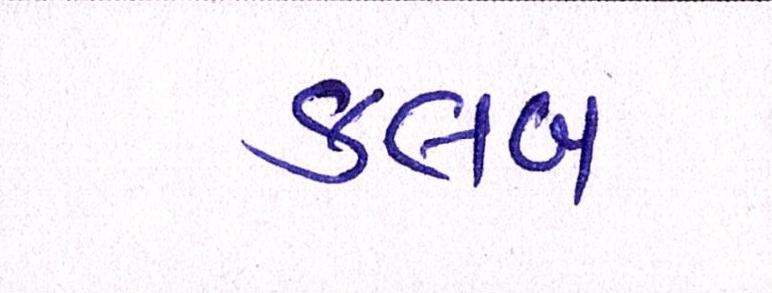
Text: ક્લબ